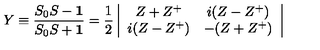
Y \equiv \frac { S _ { 0 } S - { \bf 1 } } { S _ { 0 } S + { \bf 1 } } = \frac { 1 } { 2 } \left| \begin{array} { c c } { Z + Z ^ { + } } & { i ( Z - Z ^ { + } ) } \\ { i ( Z - Z ^ { + } ) } & { - ( Z + Z ^ { + } ) } \\ \end{array} \right|